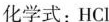
化学式：HCl